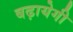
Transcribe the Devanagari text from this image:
बढ़ायेगी